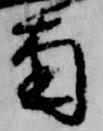
南